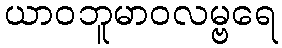
ယာဝဘူမာဝလမ္ဗရေ